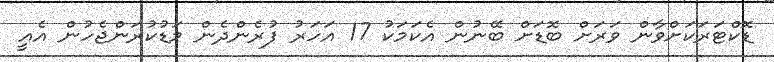
ޑޮކްޓަރަކަށްވާން ވަރަށް ބޮޑަށް ބޭނުން އެކަމަކު 17 އަހަރު ފުރެންދެން މަޑުކުރަންޖެހުން އެއީ